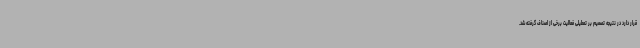
قرار دارد در نتیجه تصمیم بر تعطیلی فعالیت برخی از اصناف گرفته شد.